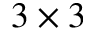
3 \times 3